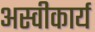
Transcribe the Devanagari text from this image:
अस्‍वीकार्य